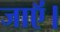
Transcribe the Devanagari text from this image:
जाऍं।